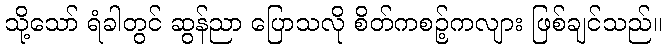
သို့သော် ရံခါတွင် ဆွန်ညာ ပြောသလို စိတ်ကစဉ့်ကလျား ဖြစ်ချင်သည်။